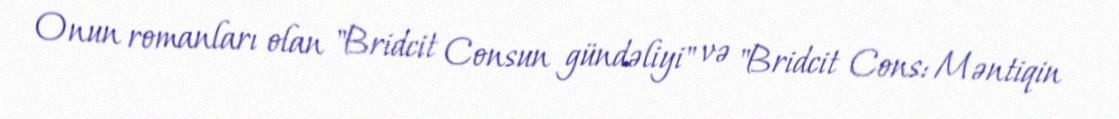
Onun romanları olan "Bridcit Consun gündəliyi" və "Bridcit Cons: Məntiqin